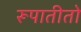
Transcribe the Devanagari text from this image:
रूपातीतो